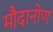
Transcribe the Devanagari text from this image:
मौदानोण